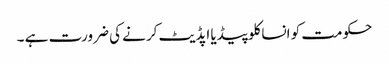
حکومت کو انساکلوپیڈیا اپڈیٹ کرنے کی ضرورت ہے ۔